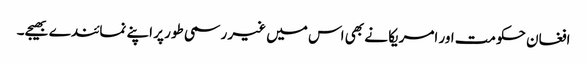
افغان حکومت اور امریکا نے بھی اس میں غیر رسمی طور پر اپنے نمائندے بھیجے۔